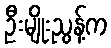
ဦးမျိုးညွန့်က